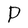
Character: P